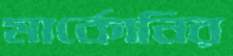
মার্কোনির